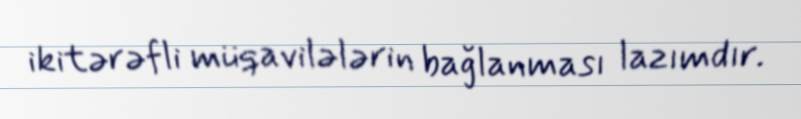
ikitərəfli müqavilələrin bağlanması lazımdır.